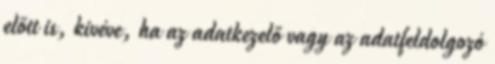
előtt is, kivéve, ha az adatkezelő vagy az adatfeldolgozó